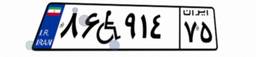
۸۶W۹۱۴۷۵